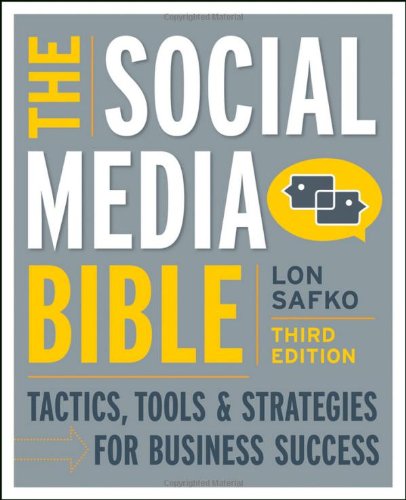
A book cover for The Social Media Bible: Tactics, Tools, and Strategies for Business Success; Lon Safko; Computers & Technology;